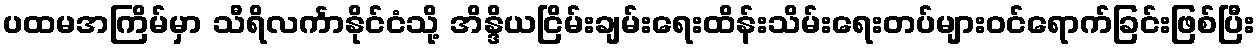
ပထမအကြိမ်မှာ သီရိလင်္ကာနိုင်ငံသို့ အိန္ဒိယငြိမ်းချမ်းရေးထိန်းသိမ်းရေးတပ်များဝင်ရောက်ခြင်းဖြစ်ပြီး